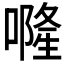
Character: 𠾐